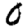
Digit: 0